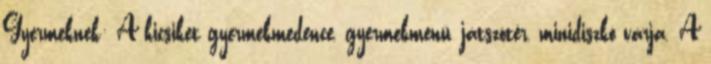
Gyermeknek: A kicsiket gyermekmedence, gyermekmenü, játszótér, minidiszkó várja. A